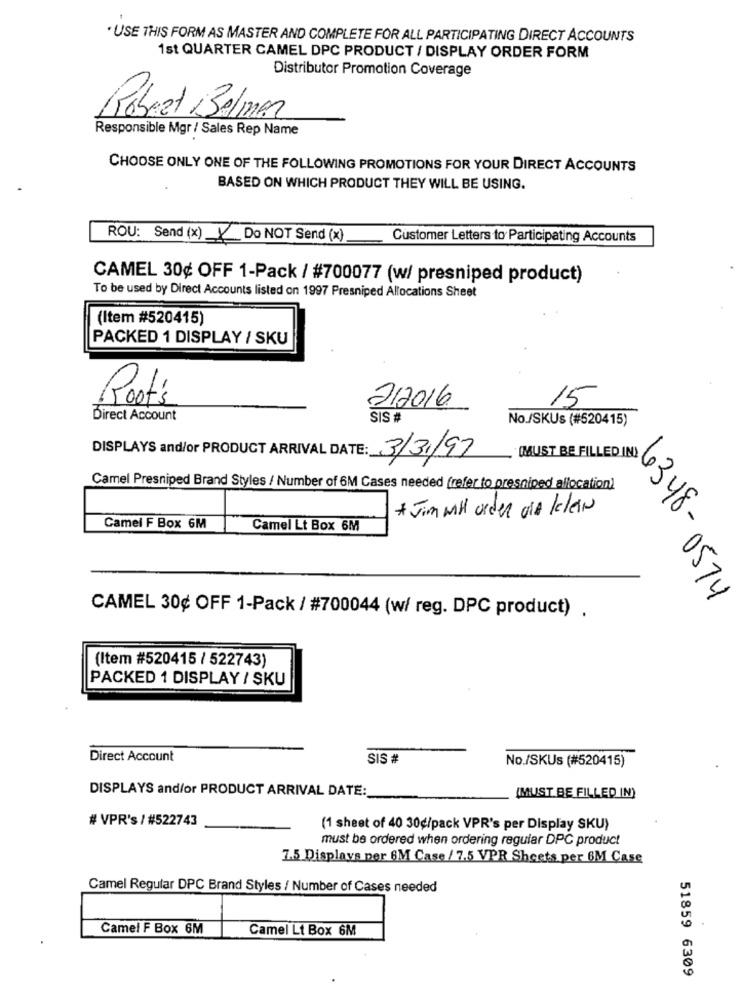
· USE THIS FORM AS MASTER AND COMPLETE FOR ALL PARTICIPATING DIRECT ACCOUNTS
1st QUARTER CAMEL DPC PRODUCT / DISPLAY ORDER FORM
Distributor Promotion Coverage
Robert Belmar
Responsible Mgr / Sales Rep Name
CHOOSE ONLY ONE OF THE FOLLOWING PROMOTIONS FOR YOUR DIRECT ACCOUNTS
BASED ON WHICH PRODUCT THEY WILL BE USING.
ROU: Send (x) X
Do NOT Send (x)
Customer Letters to Participating Accounts
CAMEL 30¢ OFF 1-Pack / #700077 (w/ presniped product)
To be used by Direct Accounts listed on 1997 Presniped Allocations Sheet
(Item #520415)
PACKED 1 DISPLAY / SKU
Root's
15
2/2016
Direct Account
SIS #
No./SKUs (#520415)
(MUST BE FILLED IN)
DISPLAYS and/or PRODUCT ARRIVAL DATE: 3/31/97
Camel Presniped Brand Styles / Number of 6M Cases needed (refer to presniped allocation)
* Jim will order die klein
Camel F Box 6M
Camel Lt Box 6M
6348-0574
CAMEL 30¢ OFF 1-Pack / #700044 (w/ reg. DPC product) .
(Item #520415 / 522743)
PACKED 1 DISPLAY / SKU
Direct Account
SIS #
No./SKUs (#520415)
DISPLAYS and/or PRODUCT ARRIVAL DATE:
(MUST BE FILLED IN)
# VPR's / #522743
(1 sheet of 40 30¢/pack VPR's per Display SKU)
must be ordered when ordering regular DPC product
7.5 Displays per 6M Case / 7.5 VPR Sheets per 6M Case
Camel Regular DPC Brand Styles / Number of Cases needed
Camel F Box 6M
Camel Lt Box 6M
51859 6309